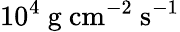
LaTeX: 10^{4}\ \mathrm{g\ cm^{-2}\ s^{-1}}